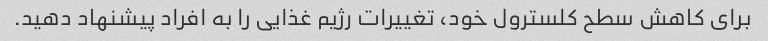
برای کاهش سطح کلسترول خود، تغییرات رژیم غذایی را به افراد پیشنهاد دهید.